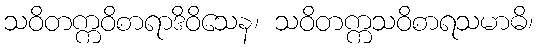
သဝိတက္ကဝိစာရာဒိဝိသေန၊ သဝိတက္ကသဝိစာရသမာဓိ၊